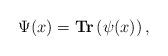
LaTeX: \begin{align*}\Psi(x) = \textbf{Tr}\left(\psi(x)\right),\end{align*}